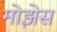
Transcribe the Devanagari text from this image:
मोझेेस